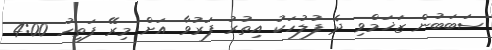
ސަބަބުން ޒަޚަމްވި ދެ ފުލުހަކު އިތުރު ފަރުވާ އަށް މިރޭ ފަތިހު 4:00